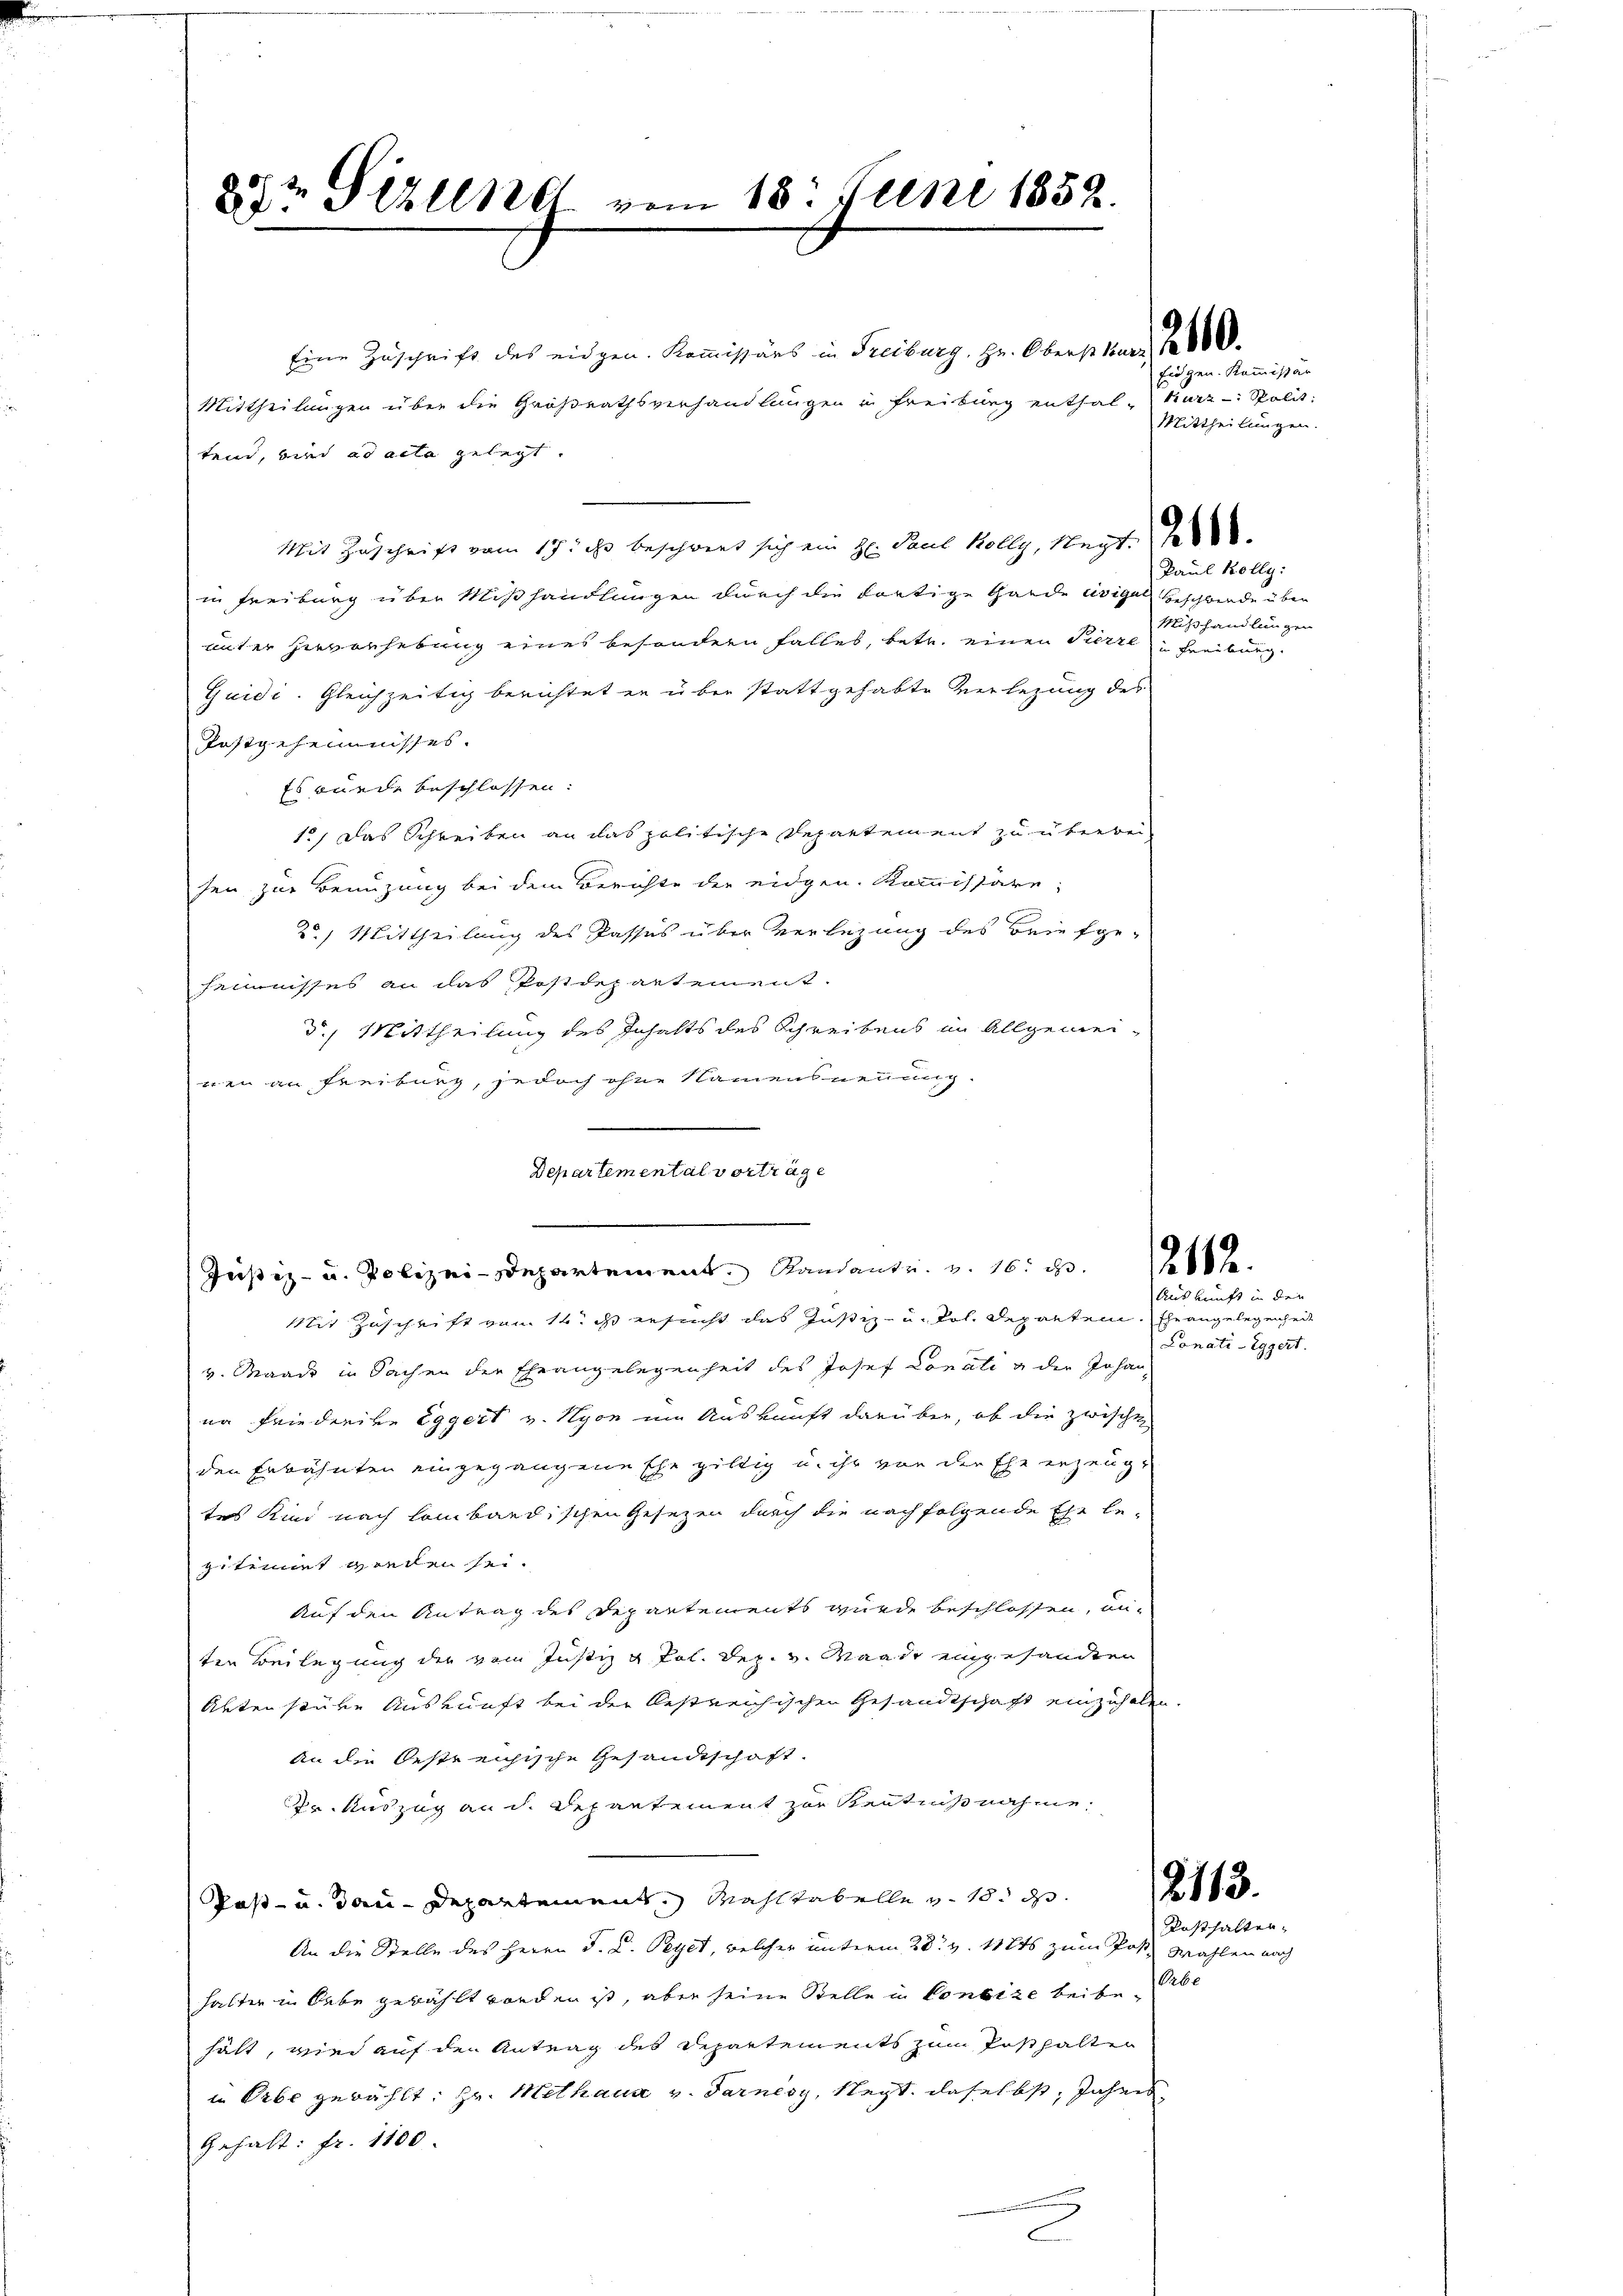
29t Seren vom 18. Juni 1852.

Eine Zuschrift des eidgen. Kommissärs in Freiburg, Hr. Oberst kurz 1800.
Mittheilungen über die Großrathsverhandlungen in Freiburg enthal-Kurz: Spolit
tend, bin ad acta gelegt.
Mit Zuschrift vom 17. ihr beschwert sich ein H. Paul Kolly, Negt.
in Freiburg über Mißhandlungen durch die dortige Gande avigal Beschwende über
unter Hervorhebung eines besondern falles, betr. einen Pierren Freiburg.
Quidi. Gleichzeitig berichtet er über stattgehabte Verlegung des
festgeheimnisses.
Es wurde beschlossen:
13) Das Schreiben an das politische Departement zu überbei-
sen zur Benuzung bei dem Berichte der eidgen. Kommissäre;
2) Mittheilung des Passus über Verlegung des Briefge-
heimnisses an das Postdepartement.
3) Mittheilung des Inhalts des Schreibens im Allgemeinen an Freiburg, jedoch ohne Namensneuung
e
2
Departemental vorträge
Justiz- u. Polizei-Departement Randants. v. 16. d.
Mit Zuschrift von 14. ds ersucht das Justiz- u. fol. Departen, the angelegenheit
v. Waadt in Sachen der Eheangelegenheit des Josef Donati u der Johann
na Friederive Eggert v. Nyon im Auskunft darüber, ob die zwischt
den Erbähnten eingegangene Ehe giltig u. ihr von der Ehe erzeugt
tes Kind nach lombardischen Gesezen durch die nachfolgende Ehe be-
gestimmt geden sei.
Auf den Antrag des Departements wurde beschlossen, un-
ten Beilegung der vom Justiz & Pol. Dez. v. Mande angesandten
Abten stube Auskunft bei der bestreichischen Gesandtschaft einzuhalten
An die Oestreichische Gesandtschaft.
Dr. Auszug an d. Departement zur Kenntnißnahme.
Post- u. dan-Departement, Mahltabelle v. 18. ds.
An die Stelle des Herrn J. C. Peyer, welcher unterm 28. v. 112ts zum Post Wahlen nach
halter in lebe gewählt worden ist, aber seine Stelle in Consize beibehält, wird auf den Antrag des Departements zum Posthalten
in Orbe gewählt: Hr. Methaus v. Tarnecy, Negt. daselbst, Jahres
Gehalt: Fr. 1100.
.

Eidgen. Kommissär
Mittheilungen.

Paul Kolly.
Mißhandlungen

218.

12113.

Auskunft in den
Lonati - Eggert.

Posthalten.
Orbe